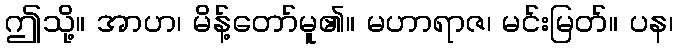
ဤသို့။ အာဟ၊ မိန့်တော်မူ၏။ မဟာရာဇ၊ မင်းမြတ်။ ပန၊